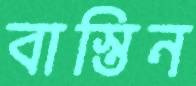
বাস্তিন